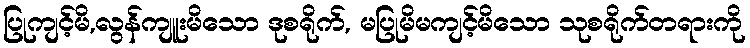
ပြုကျင့်မိ,လွန်ကျူးမိသော ဒုစရိုက်, မပြုမိမကျင့်မိသော သုစရိုက်တရားကို